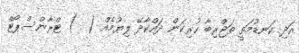
އަދި ކަނޑުމަތީ ތަޖްރިބާ ހުރިކަން ދައްކާދޭ ލިޔުމެއް (  ) ޓްރާންސްޕޯޓް